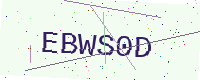
Text: EBWS0D